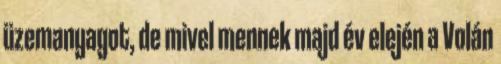
üzemanyagot, de mivel mennek majd év elején a Volán